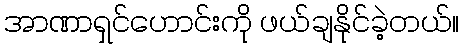
အာဏာရှင်ဟောင်းကို ဖယ်ချနိုင်ခဲ့တယ်။